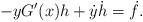
LaTeX: \begin{align*} -yG'(x)h+\dot y\dot h=\dot f.\end{align*}